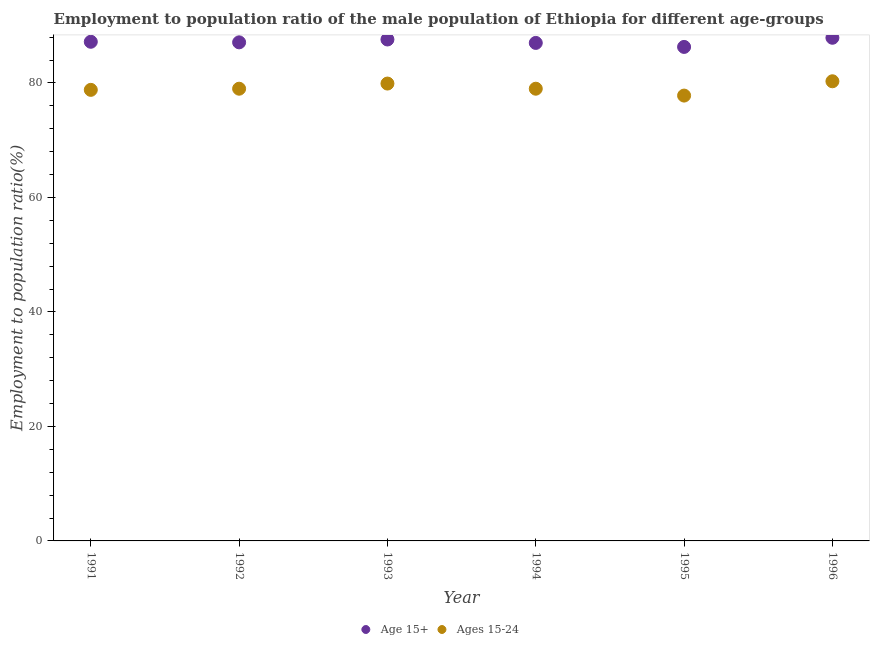
| Year | Age 15+ | Ages 15-24 |
 | --- | --- | --- |
 | 1991 | 87.2 | 78.8 |
 | 1992 | 87.1 | 79 |
 | 1993 | 87.6 | 79.9 |
 | 1994 | 87 | 79 |
 | 1995 | 86.3 | 77.8 |
 | 1996 | 87.9 | 80.3 |